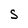
Character: S